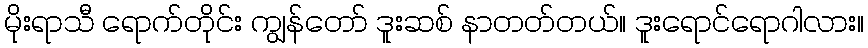
မိုးရာသီ ရောက်တိုင်း ကျွန်တော် ဒူးဆစ် နာတတ်တယ်။ ဒူးရောင်ရောဂါလား။